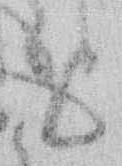
と